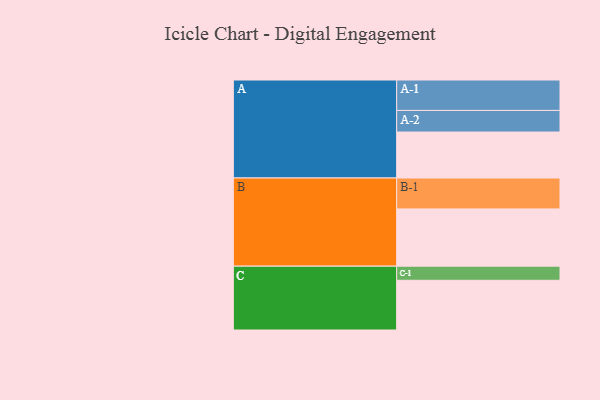
{"axis": {"x": "Segment", "y": "Value"}, "legend": ["", "A", "B", "C"], "data": [{"x": "A", "y": 355, "type": ""}, {"x": "B", "y": 442, "type": ""}, {"x": "C", "y": 384, "type": ""}, {"x": "A-1", "y": 235, "type": "A"}, {"x": "A-2", "y": 167, "type": "A"}, {"x": "B-1", "y": 239, "type": "B"}, {"x": "C-1", "y": 109, "type": "C"}]}